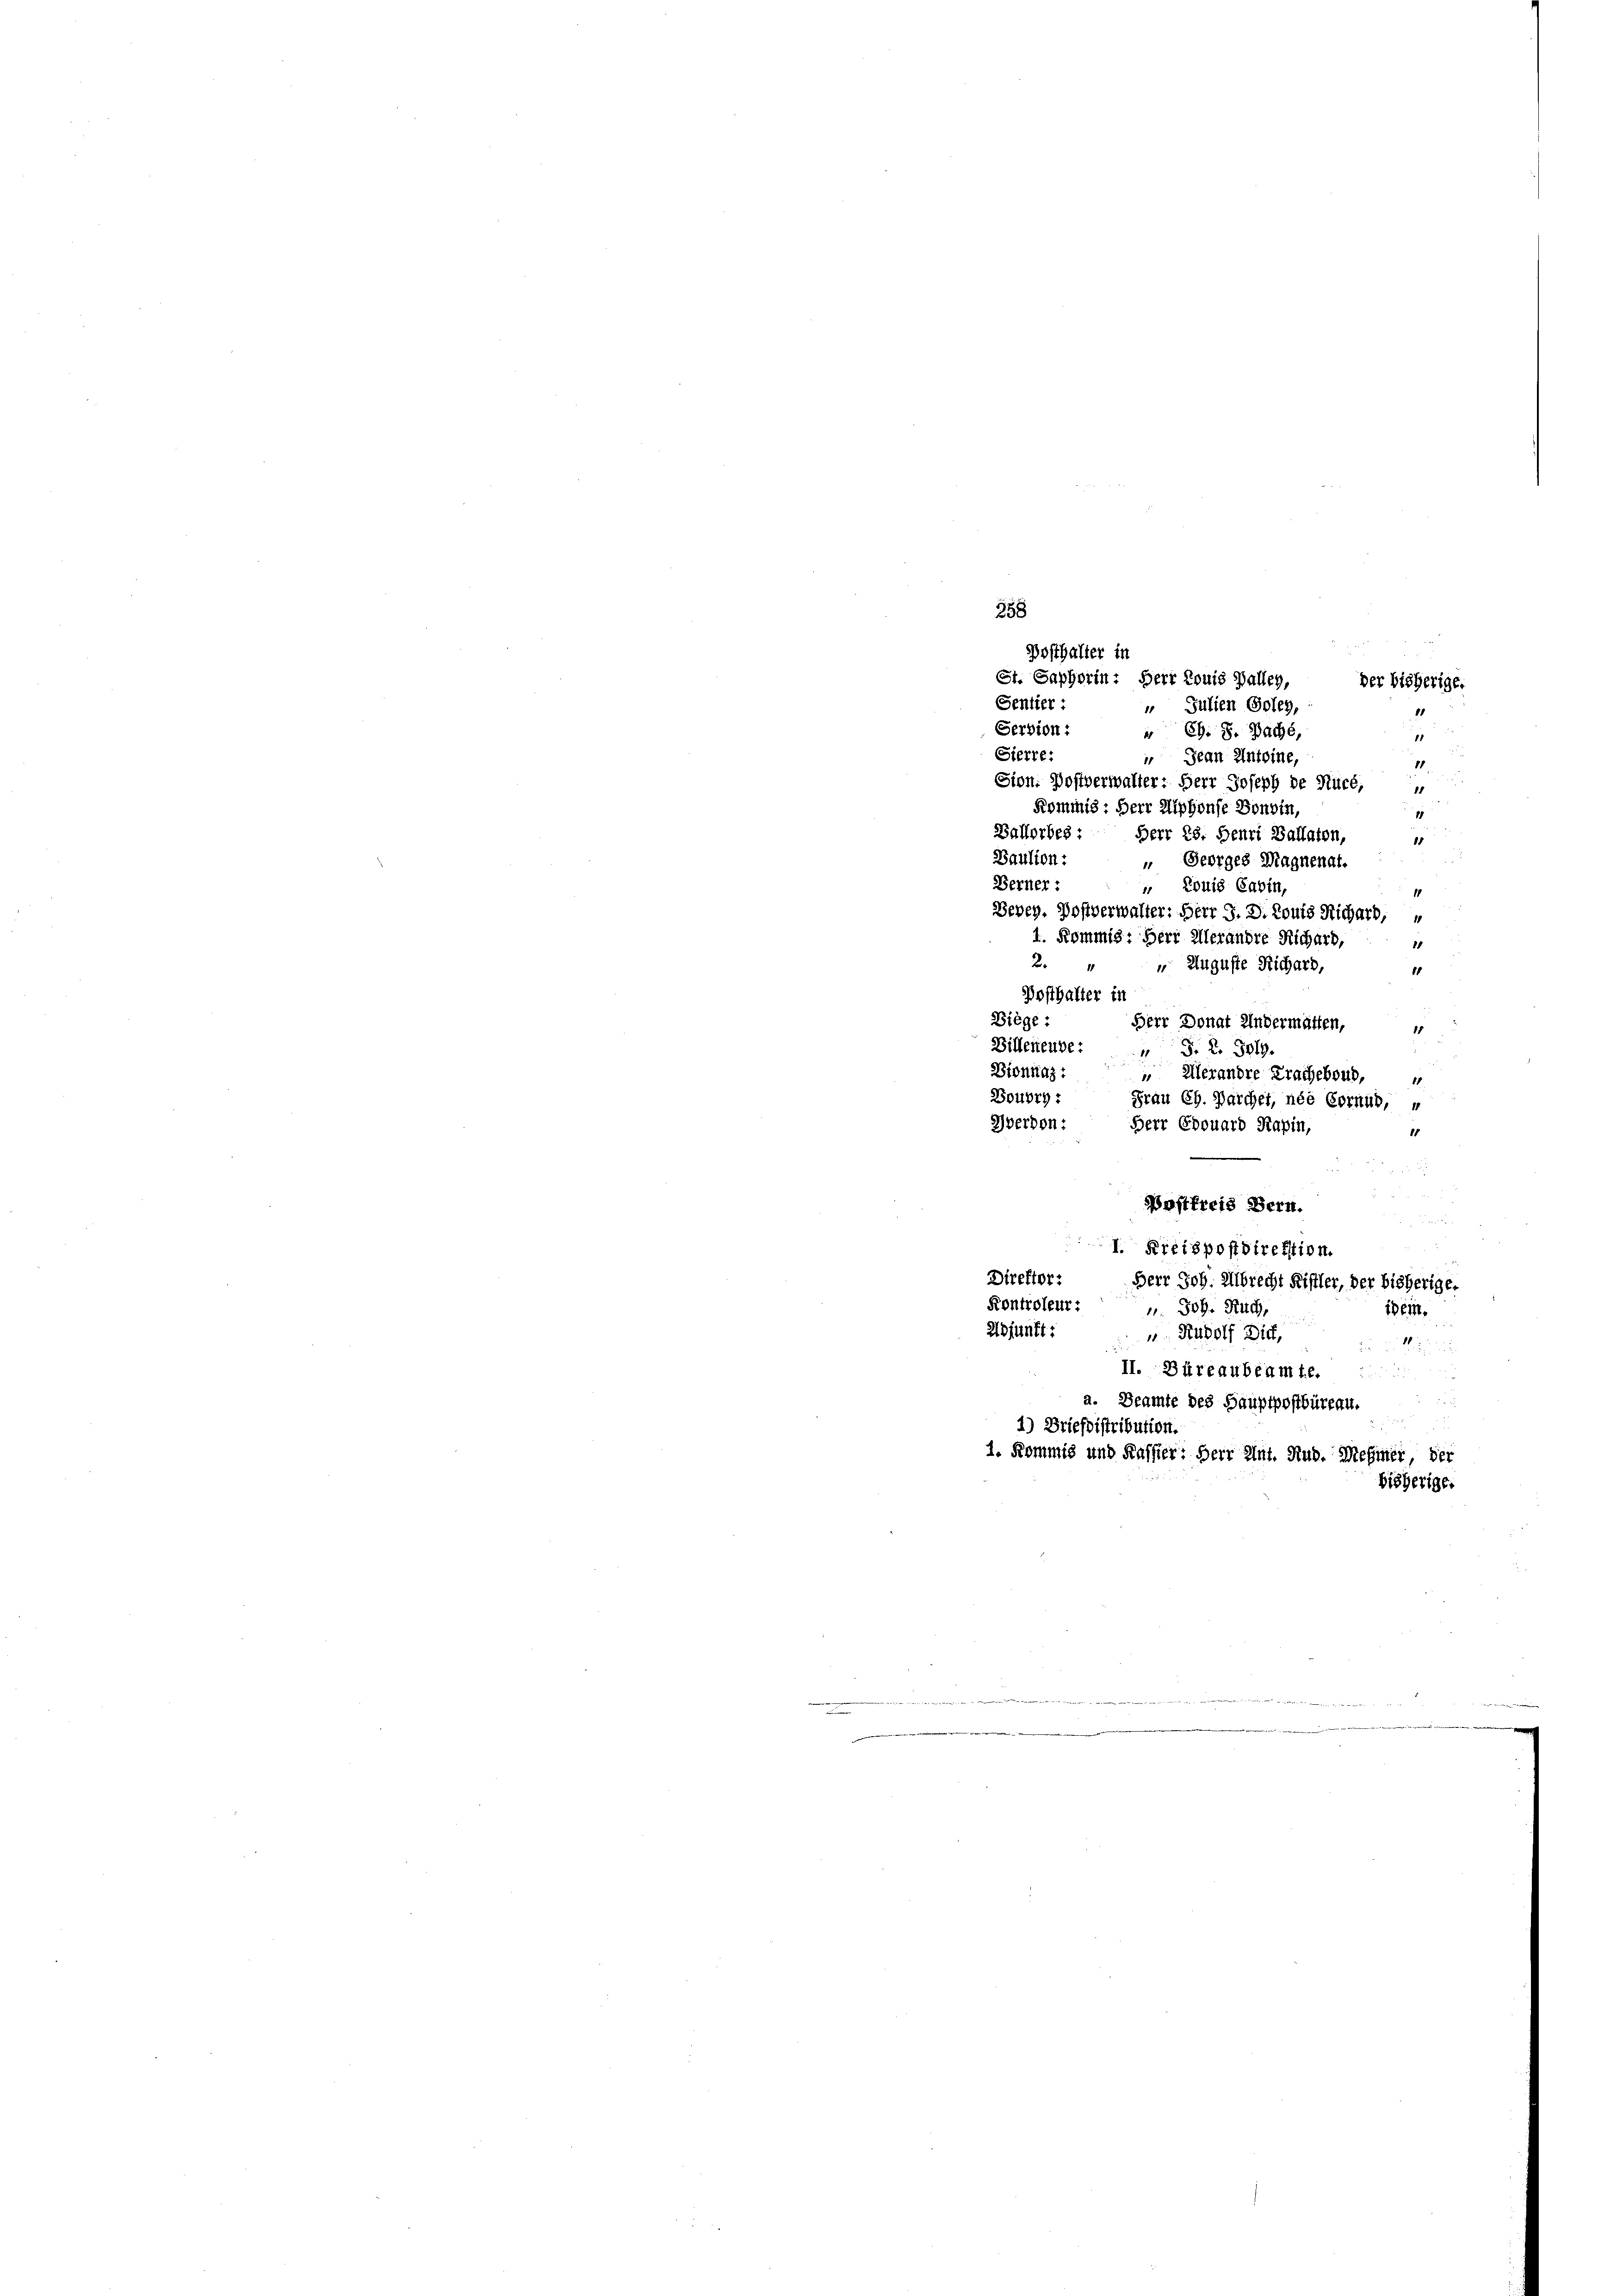
358
Bosthalter in
St. Saphorin: Herr Louis Balley,
der bisherige.
Sentier :
 Julien Goley,
Sersion: " Ch. S. Pache,
Sierte:
 Jean Antoine,
d
Sion. Postverwalter: Herr Joseph de Rück,
1
Kommis: Herr Alphonse Bonbin,
1
Ballorbes: Herr Ed. Benri Ballaton,
Baulion:
 Georges Magnenat.
Berner:
 Louis Cabin
Bepey. Postverwalter: Herr J. D. Louis Richard,
4. Kommis: Herr Allerandre Richard,
2. " " Auguste Richard,
Dosthalter in
Biège:
Herr Donat Andermatten,
Billeneube: " J. L. Solg.
Bioniaz:  Merandre Prachebous,
Boubrg: Frau Ch. Parcher, née Cornüb, v
Weron: Herr Edouard Kapin,
11

Postfreis Bern.
1. Kreispostdirektion.
Direfter: Herr Joh. Albrecht Riffler, der bisherige.
Kontroleur: " Joh. Ruch,
inein.
Adjunkt:
 Rudolf Dich,
Ruin
II. Büreaubeamte.
¬
a. Beamte des Hauptpostbüreau.
1) Briefdistribution.
1. Kommis und Kassier: Herr Ant. Rud. Mehmer, der
bisherige.

2ten den
det werden